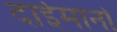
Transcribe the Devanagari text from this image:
दाईमानो